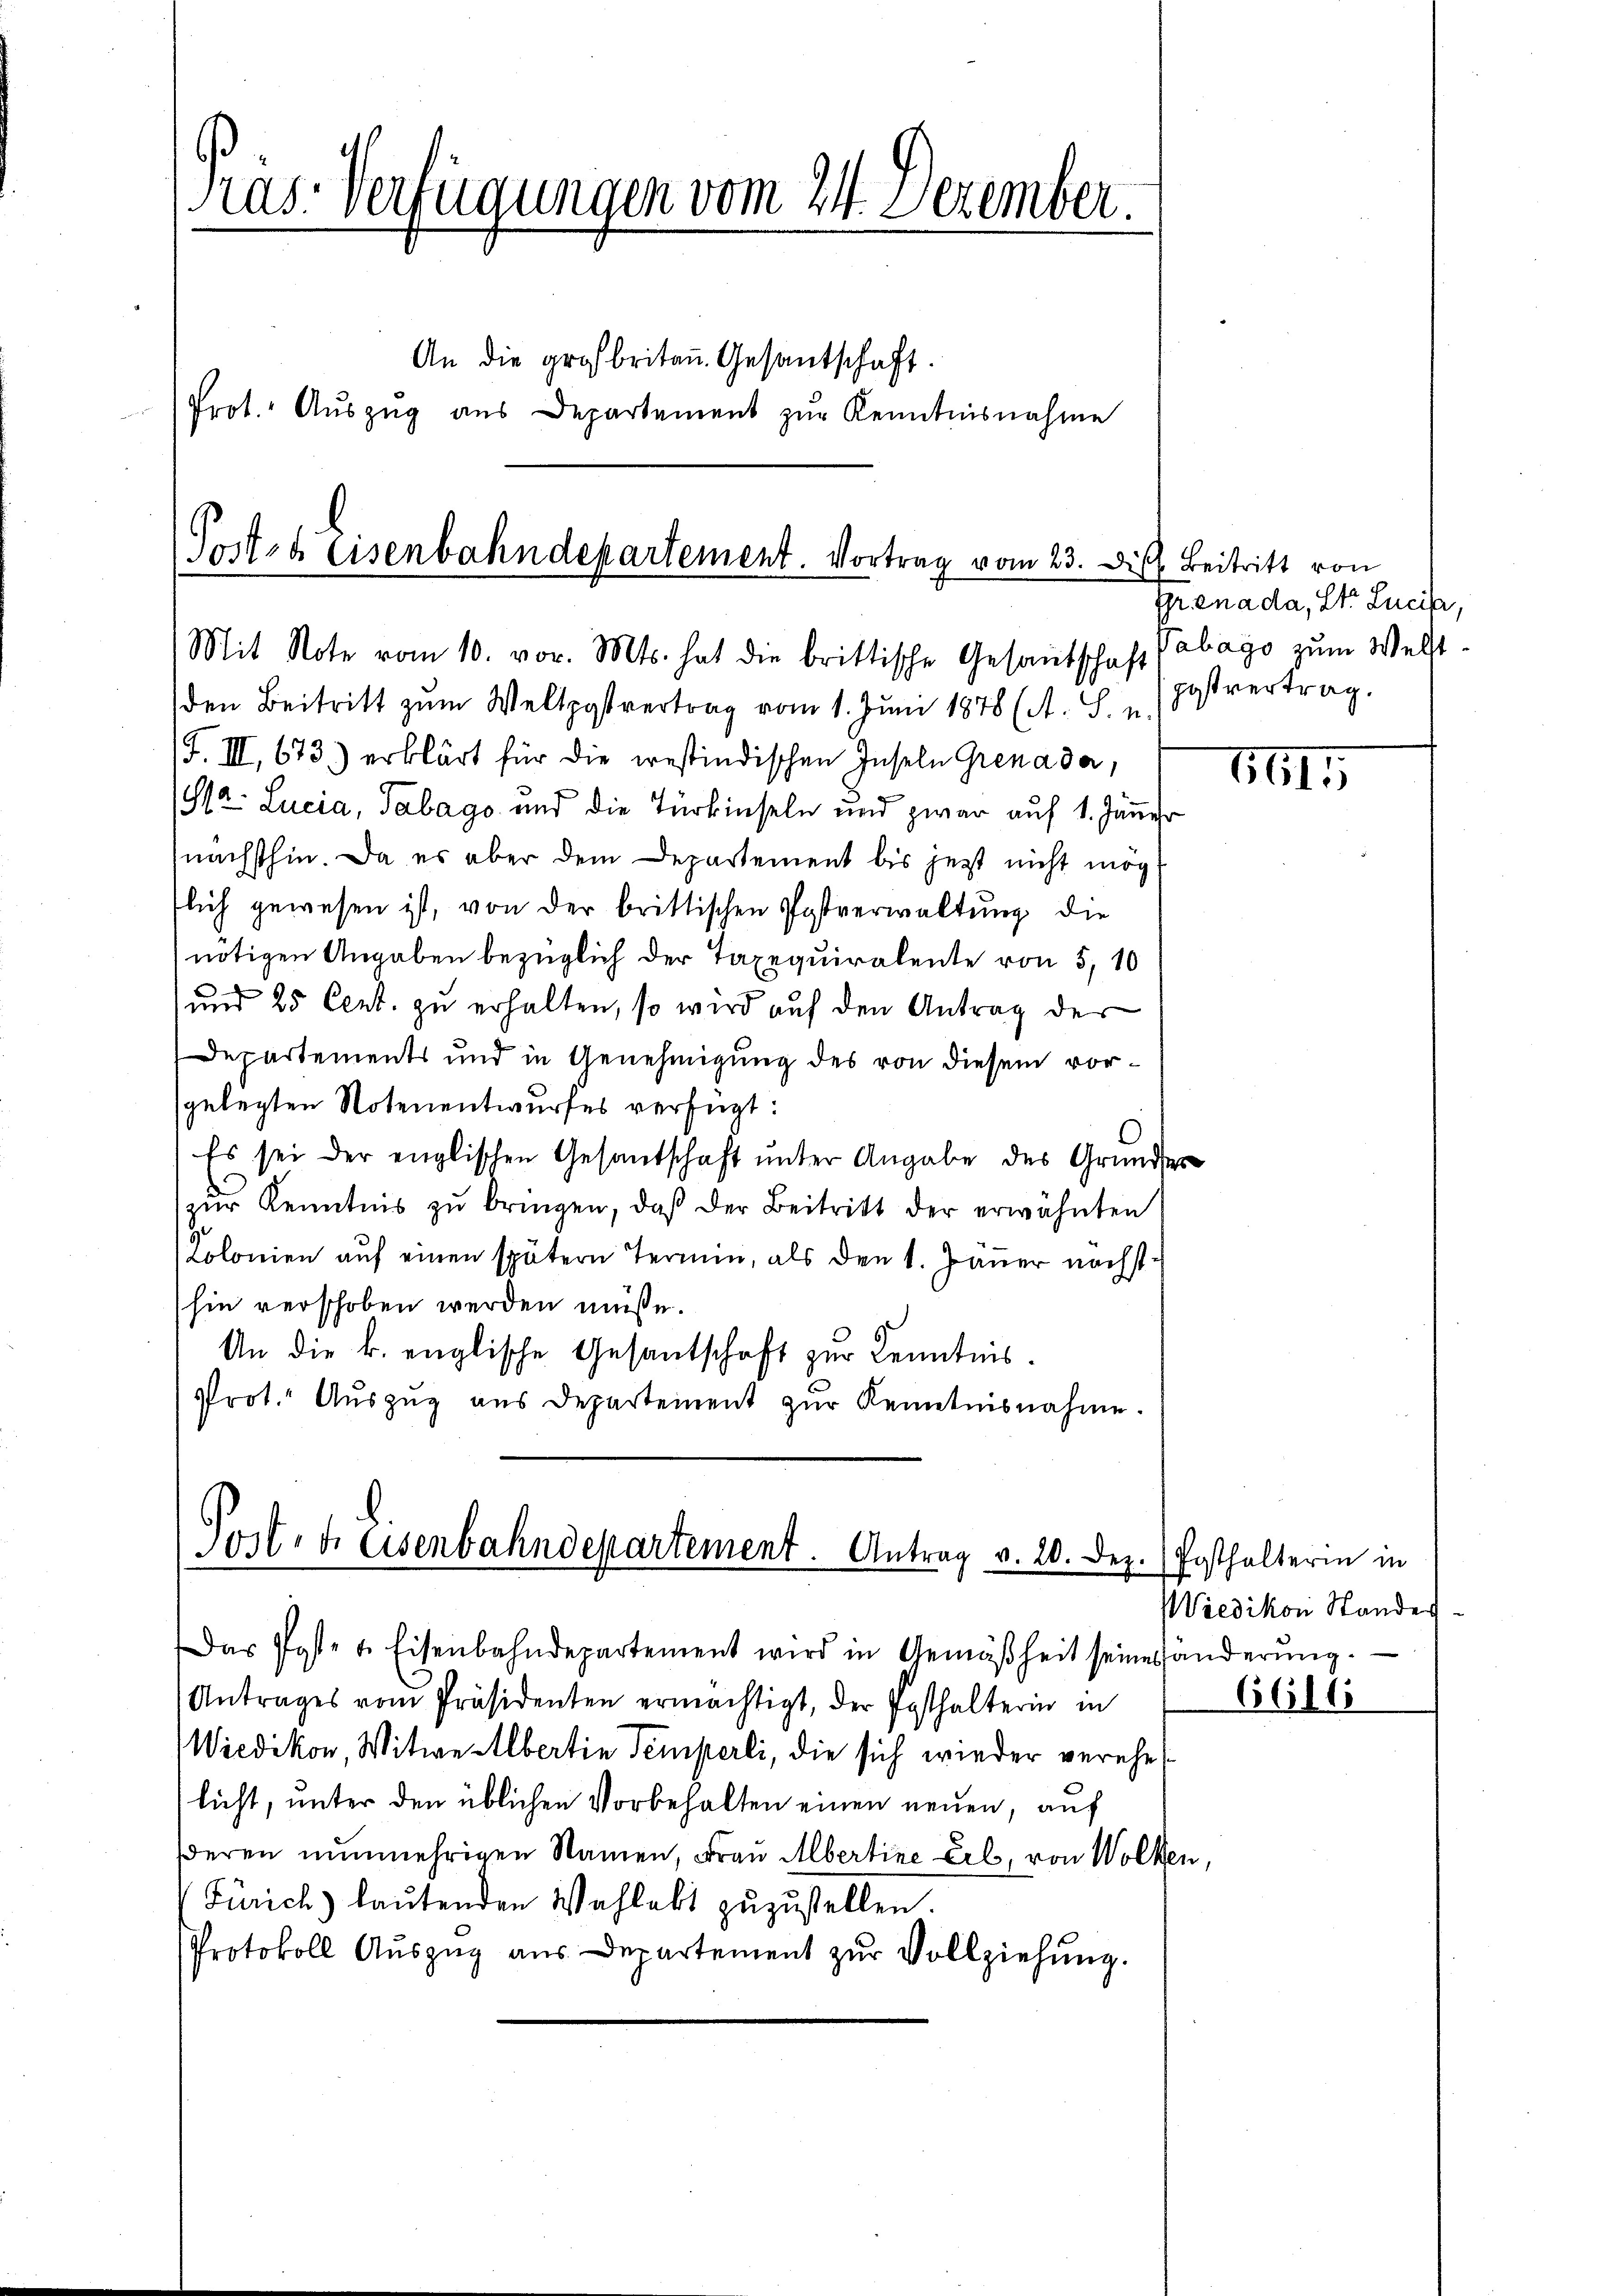
as- Verfügungen vom 24. Dezember.
An die großbritan. Gesantschaft.
Prot. Aŭszŭg ans Departement zŭr Kenntnisnahme

Posta Eisenbahndepartement. Vortrag vom 23. Die Beitritt von
Mit Note vom 10. vor. Mts. hat die brittische Gesandtschaft Tabago zum Welt-

Josts Eisenbahndepartement. Antrag v. 20. Dez. Posthalterin in

den Beitritt zum Weltpostvertrag vom 1. Juni 1878 (A. S. u.
/F. III, 673.) erklärt für die restindischen Inseln Grenade,
(Hr. Lucia, Tabago und die Türkinseln und zwar auf 1. Janer
nächsthin. Da es aber dem Departement bis jetzt nicht mög
flich gewesen ist, von der brittischen Postverwaltung die
nötigen Angaben bezüglich der Taxequiralente von 5,10
und 25 Cent. zu erhalten, so wird auf den Antrag der
Departements und in Genehmigung des von diesem vorgelegten Notenentwurfes verfügt:
Es sei der englischen Gesandschaft ŭnter Angabe des Grunder
zŭr Kenntnis zu bringen, daß der Beitritt der erwähnten
Lolonien auf einen spätern Termin, als den 1. Jänner nächsthin verschoben werden müsse.
An die k. englische Gesantschaft zur Kenntnis.
Prot. Aŭszŭg aŭs departement zŭr Kenntnisnahme.

Grenada, Str. Lucia,
pestvertrag.

Das Poste u. Eisenbahndepartement wird in Gemäßheit seinesänderŭng.
Antrages vom Präsidenten ermächtigt, der Posthalterin in
Wiedikon, Witwe Albertin Temperli, die sich wieder verehe
licht, unter den üblichen Vorbehalten einen neuen, auf
deren nunmehrigen Namen, Frau Albertine Eil, von Wolken,
Zürich) laŭtenden Wahlakt zuzustellen.
Protokoll Auszug aus Departement zur Vollziehung.

1115

Wiedikon Stande
6610